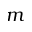
m